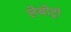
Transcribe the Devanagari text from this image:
लेबोट्री